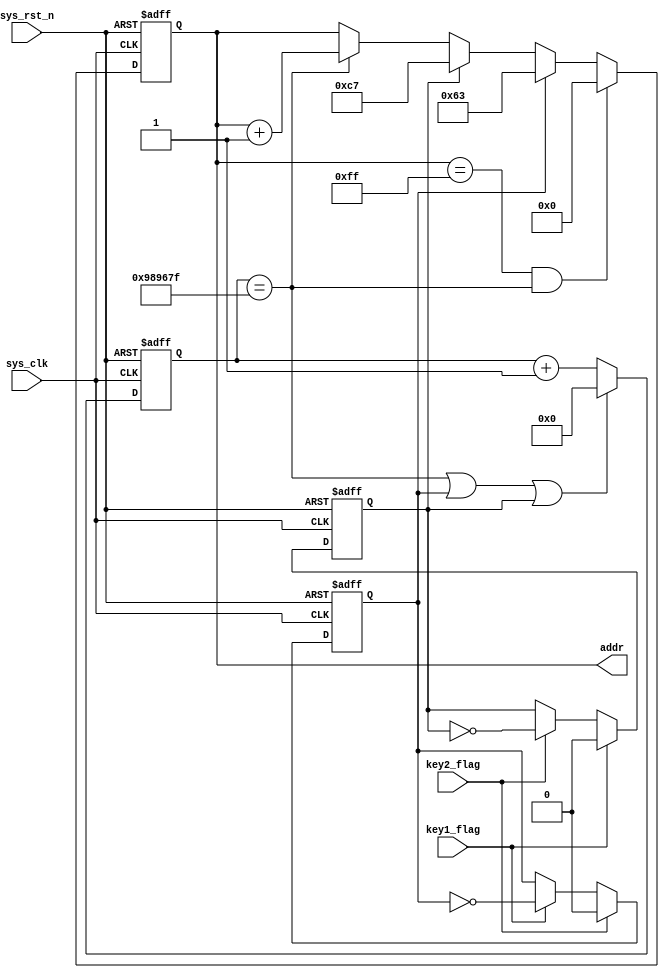
`timescale  1ns/1ns
/////////////////////////////////////////////////////////////////////////
// Module Name   : rom_ctrl
// Project Name  : rom
// Target Devices: Altera EP4CE10F17C8N
// Tool Versions : Quartus 13.0
// Description   : rom
// 
// Revision      : V1.0
// Additional Comments:
// 
// : _Pro_FPGA
//     : http://www.embedfire.com
//     : http://www.firebbs.cn
//     : https://fire-stm32.taobao.com
////////////////////////////////////////////////////////////////////////
module  rom_ctrl
(
    input   wire        sys_clk     ,   //50MHz
    input   wire        sys_rst_n   ,   //
    input   wire        key1_flag   ,   //1
    input   wire        key2_flag   ,   //2

    output  reg [7:0]   addr            //ROM

);

//********************************************************************//
//****************** Parameter and Internal Signal *******************//
//********************************************************************//

//parameter define
parameter   CNT_MAX =   9_999_999;  //0.2s

//reg   define
reg             addr_flag1      ;   //1
reg             addr_flag2      ;   //2
reg     [23:0]  cnt_200ms       ;   //0.2s

//********************************************************************//
//***************************** Main Code ****************************//
//********************************************************************//

//1
always@(posedge sys_clk or  negedge sys_rst_n)
    if(sys_rst_n == 1'b0)
        addr_flag1   <=  1'b0;
    else    if(key2_flag == 1'b1)
        addr_flag1  <=  1'b0;
    else    if(key1_flag == 1'b1)
        addr_flag1   <=  ~addr_flag1;

//2
always@(posedge sys_clk or  negedge sys_rst_n)
    if(sys_rst_n == 1'b0)
        addr_flag2   <=  1'b0;
    else    if(key1_flag == 1'b1)
        addr_flag2  <=  1'b0;
    else    if(key2_flag == 1'b1)
        addr_flag2   <=  ~addr_flag2;

//0.2s
always@(posedge sys_clk or  negedge sys_rst_n)
    if(sys_rst_n == 1'b0)
        cnt_200ms    <=  24'd0;
    else    if(cnt_200ms == CNT_MAX || addr_flag1 == 1'b1 || addr_flag2 == 1'b1)
        cnt_200ms   <=  24'd0;
    else
        cnt_200ms   <=  cnt_200ms + 1'b1;

//0~255
always@(posedge sys_clk or  negedge sys_rst_n)
    if(sys_rst_n == 1'b0)
        addr    <=  8'd0;
    else    if(addr == 8'd255 && cnt_200ms == CNT_MAX)
        addr    <=  8'd0;
    else    if(addr_flag1 == 1'b1)
        addr    <=  8'd99;
    else    if(addr_flag2 == 1'b1)
        addr    <=  8'd199;
    else    if(cnt_200ms == CNT_MAX)
        addr    <=  addr + 1'b1;

endmodule